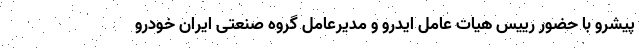
پیشرو با حضور رییس هیات عامل ایدرو و مدیرعامل گروه صنعتی ایران خودرو